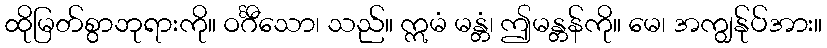
ထိုမြတ်စွာဘုရားကို။ ဝင်္ဂီသော၊ သည်။ ဣမံ မန္တံ၊ ဤမန္တန်ကို။ မေ၊ အကျွန်ုပ်အား။